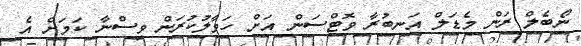
ނޯބެލް ރަން މެޑަލް އަނބުރާ ވޮޓްސަން އަށް ހަވާލުކުރަން ވިސްނާ ކަމަށް އެ